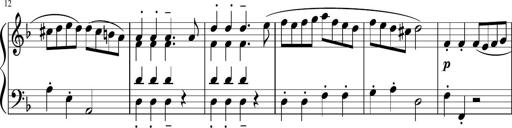
Title: 12 Keyboard Sonatinas
Composer: James Hook